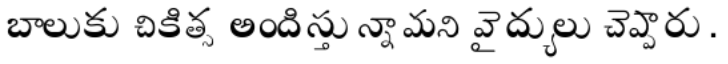
బాలుకు చికిత్స అందిస్తున్నామని వైద్యులు చెప్పారు.